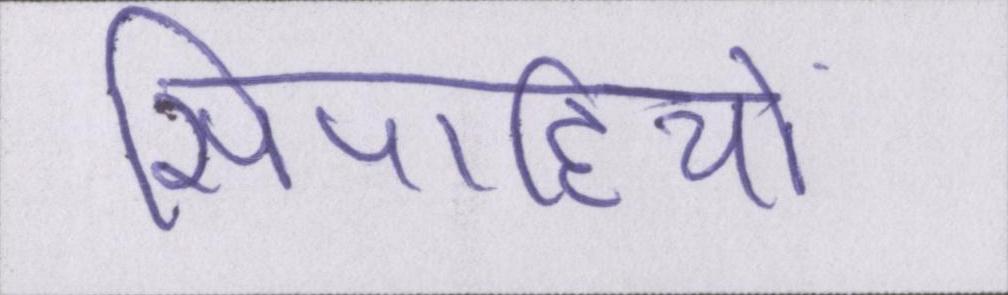
सिपाहियों